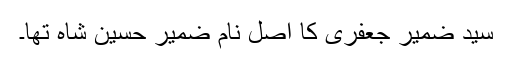
سید ضمیر جعفری کا اصل نام ضمیر حسین شاہ تھا۔